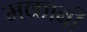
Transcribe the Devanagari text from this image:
मकाबी